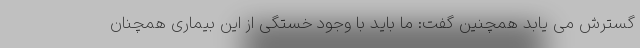
گسترش می یابد همچنین گفت: ما باید با وجود خستگی از این بیماری همچنان